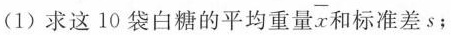
(1)求这10袋白糖的平均重量 \overline{x} 和标准差s；